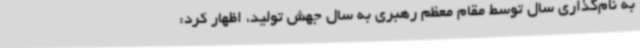
به نام‌گذاری سال توسط مقام معظم رهبری به سال جهش تولید، اظهار کرد: